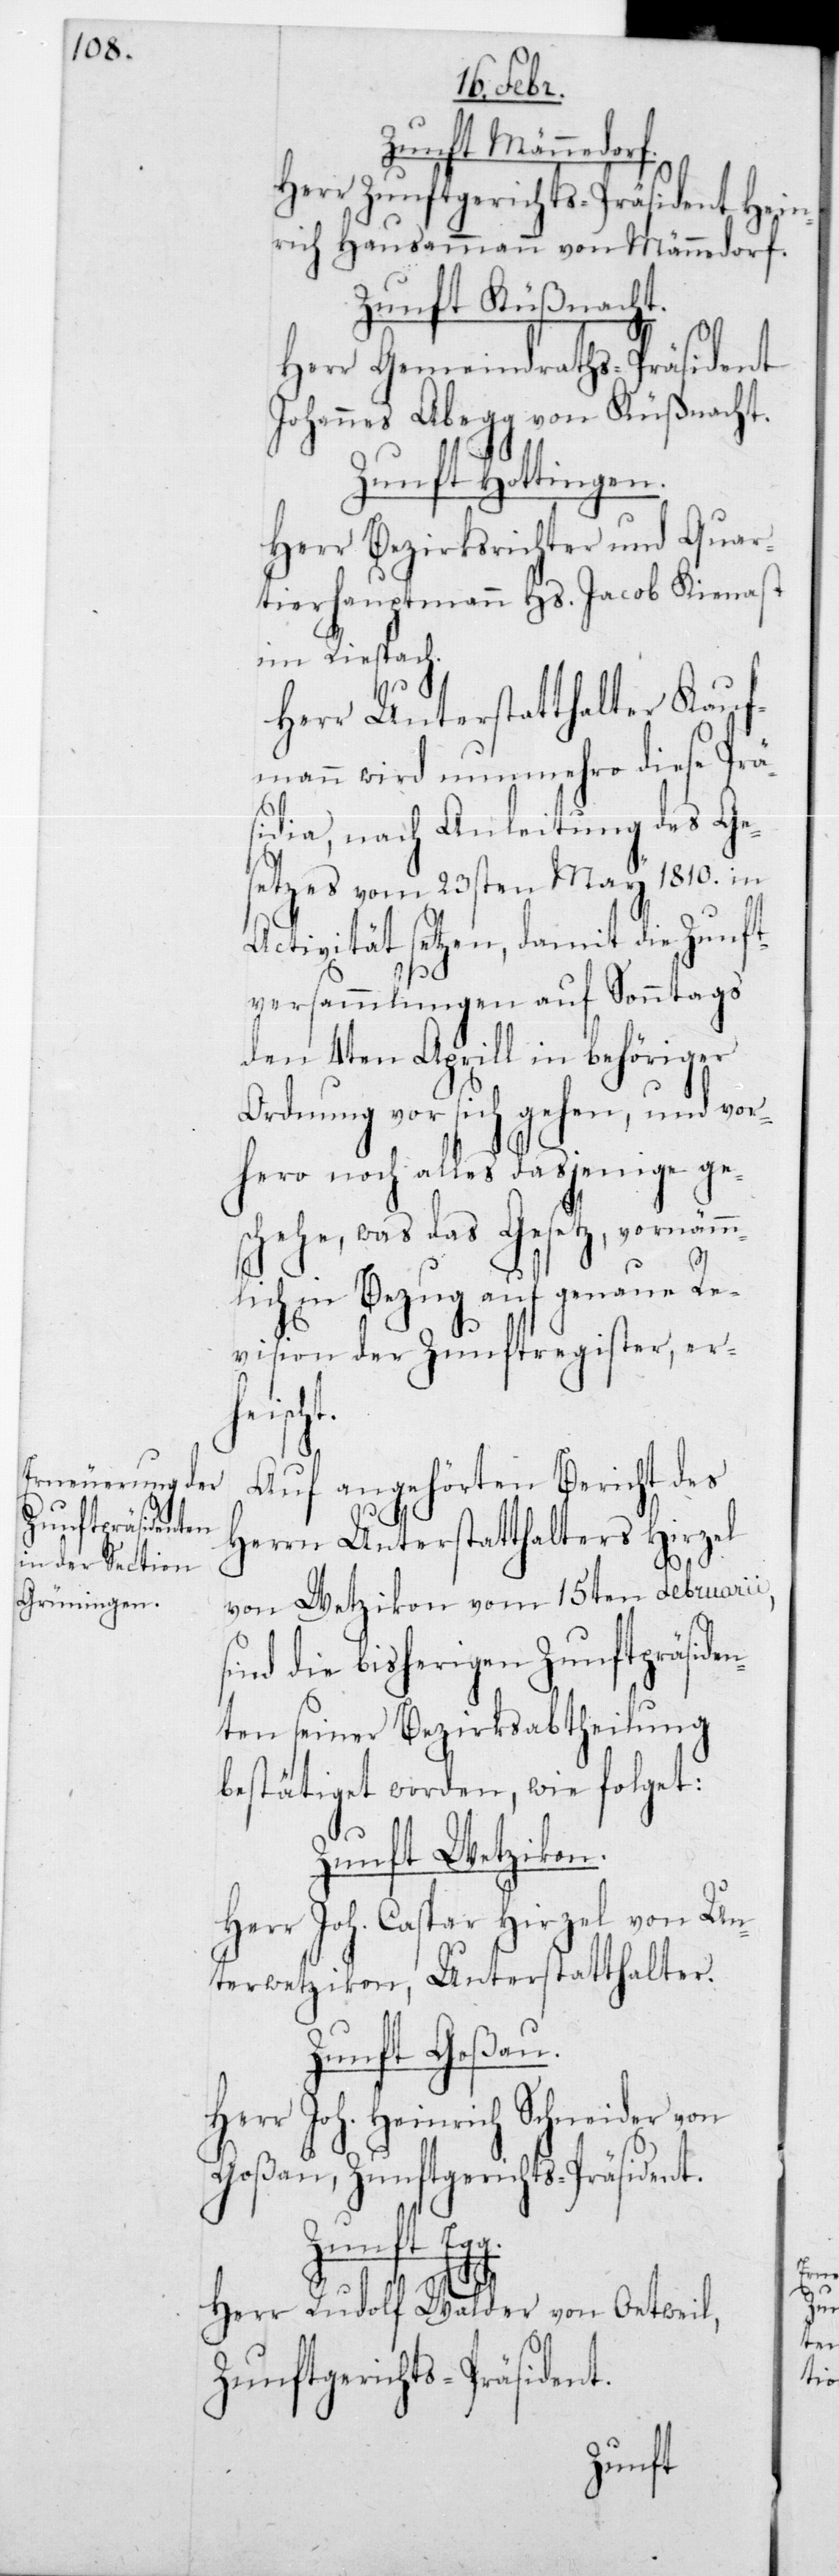
Zunft Männedorf.
Herr Zunftgerichts-Präsident Hein¬
rich Hausammann von Männedorf.
Zunft Küßnacht.
Herr Gemeindraths-Präsident
Johannes Abegg von Küßnacht.
Zunft Hottingen.
Herr Bezirksrichter und Quar¬
tierhauptmann Hs. Jacob Kienast
im Riesbach.
Herr Unterstatthalter Kauf¬
mann wird nunmehro diese Prä¬
sidia, nach Anleitung des Ge¬
setzes vom 23sten May 1810 in
Activität setzen, damit die Zunft¬
versammlungen auf Sonntags
den 4ten Aprill in behöriger
Ordnung vor sich gehen, und vor¬
hero noch alles dasjenige ge¬
schehe, was das Gesetz, vornämm¬
lich in Bezug auf genaue Re¬
vision der Zunftregister, erh¬
eischt.
Auf angehörten Bericht des
Herrn Unterstatthalters Hirzel
von Wetzikon vom 15ten Februarii,
sind die bisherigen Zunftpräside¬
nten seiner Bezirksabtheilung
bestätiget worden, wie folget:
Zunft Wetzikon.
Herr Joh. Caspar Hirzel von Un¬
terwetzikon, Unterstatthalter.
Zunft Goßau.
Herr Joh. Heinrich Schneider von
Goßau, Zunftgerichts-Präsident.
Zunft Egg.
Herr Rudolf Walder von Oetweil,
Zunftgerichts-Präsident.